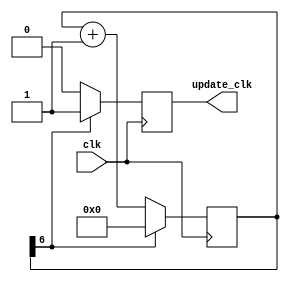
`timescale 1ns / 1ps
//////////////////////////////////////////////////////////////////////////////////
// Company: 
// Engineer: 
// 
// Design Name: 
// Module Name: clk_divider
// Project Name: 
// Target Devices: 
// Tool Versions: 
// Description: 
// 
// Dependencies: 
// 
// Revision:
// Revision 0.01 - File Created
// Additional Comments:
// 
//////////////////////////////////////////////////////////////////////////////////


module clk_divider(
    input clk,
    output reg update_clk
    );
    
    reg [24:0] acc = 0;
    
    always @ (posedge clk) begin 
        if(acc[6]) begin        //24
            update_clk <= 1;
            acc <= 0;
        end else begin 
            update_clk <= 0;
            acc <= acc + 1;
        end
    end
endmodule